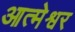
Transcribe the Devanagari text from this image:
आत्मेश्वर